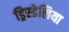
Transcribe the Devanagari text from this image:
ड्रिस्डेलिया